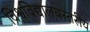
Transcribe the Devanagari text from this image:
विश्वविद्यालयस्तरीय